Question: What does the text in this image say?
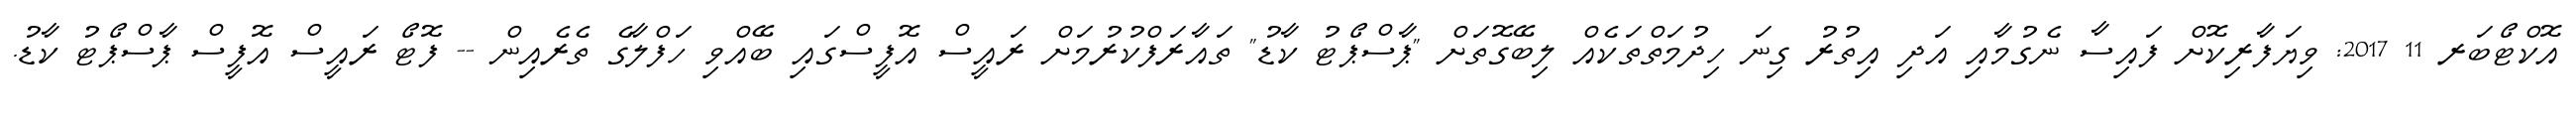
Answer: އޮކްޓޯބަރ 11 2017: ވިޔަފާރިކޮށް ފައިސާ ނެގުމާއި އަދި އިތުރު ގިނަ ހިދުމަތްތަކެއް ލިބޭގޮތަށް "ޕާސްޕޯޓު ކާޑު" ތައާރަފްކުރުމަށް ރައީސް އޮފީސްގައި ބޭއްވި ހަފްލާގެ ތެރެއިން -- ފޮޓޯ ރައީސް އޮފީސް ޕާސްޕޯޓު ކާޑު.